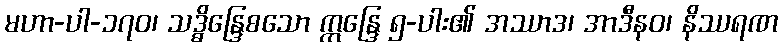
မဟာ-ပါ-၁၇၀၊ သဒ္ဓိန္ဒြေစသော ဣန္ဒြေ ၅-ပါး၏ အဿာဒ၊ အာဒီနဝ၊ နိဿရဏ